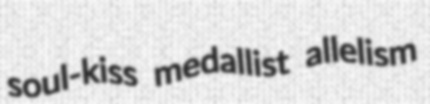
soul-kiss medallist allelism